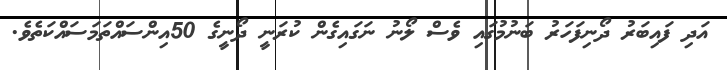
އަދި ފައިބަރު ދޯނިފަހަރު ބަނުމުގައި ވެސް ލޯނު ނަގައިގެން ކުރަނީ ދޯނީގެ 50އިންސައްތަމަސައްކަތެވެ.